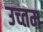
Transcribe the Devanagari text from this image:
उच्तम